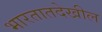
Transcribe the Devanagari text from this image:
भारतातदेखील